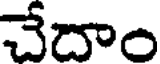
చేదాం